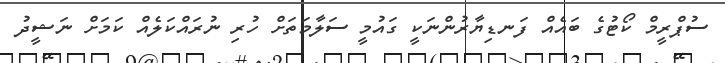
ސުޕްރީމް ކޯޓުގެ ބައެއް ފަނޑިޔާރުންނަކީ ގައުމީ ސަލާމަތަށް ހުރި ނުރައްކަލެއް ކަމަށް ނަޝީދު